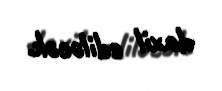
daxil ediləcək.